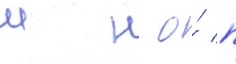
м н о́ п